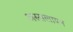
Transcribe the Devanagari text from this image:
अस्सलायन